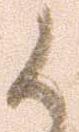
候